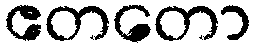
ဧတတော